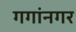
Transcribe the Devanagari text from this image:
गगांनगर